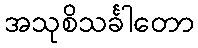
အသုစိသင်္ခါတော